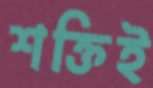
শক্তিই